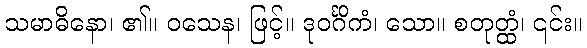
သမာဓိနော၊ ၏။ ဝသေန၊ ဖြင့်။ ဒုဝင်္ဂိကံ၊ သော။ စတုတ္ထံ၊ ၎င်း။